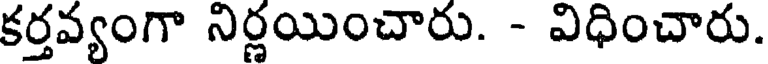
కర్తవ్యంగా నిర్ణయించారు. - విధించారు.